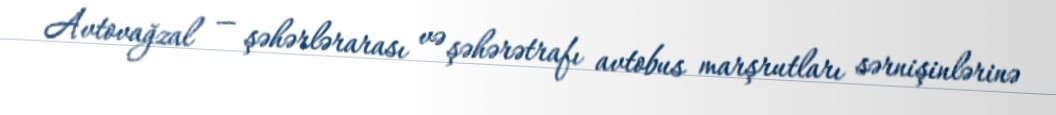
Avtovağzal — şəhərlərarası və şəhərətrafı avtobus marşrutları sərnişinlərinə